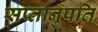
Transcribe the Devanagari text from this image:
सप्तानुपति